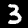
Digit: 3